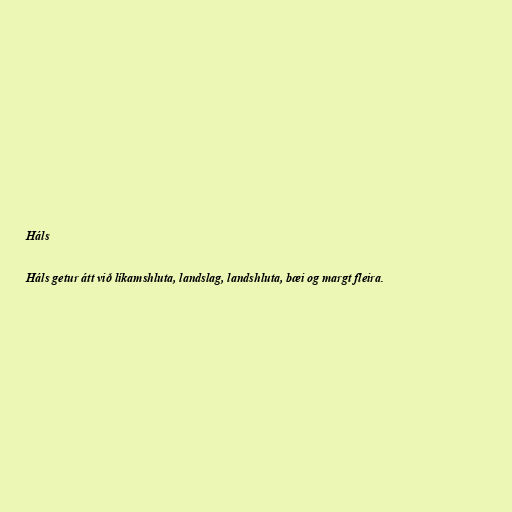
Háls

Háls getur átt við líkamshluta, landslag, landshluta, bæi og margt fleira.